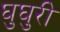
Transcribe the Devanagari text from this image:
घुघुरी